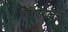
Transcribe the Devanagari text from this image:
चाहिये।जैसे